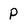
Character: P